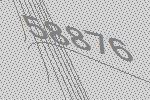
58876